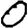
Digit: 0